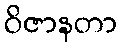
ဝိဇာနတာ